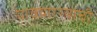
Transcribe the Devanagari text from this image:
पावणाऱ्यांची